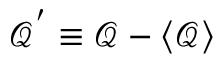
\mathcal { Q } ^ { ' } \equiv \mathcal { Q } - \langle \mathcal { Q } \rangle